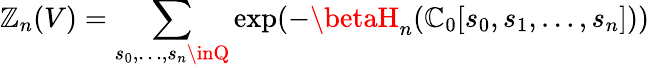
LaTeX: \mathbb{Z}_{n}(V)=\sum_{s_{0},\ldots,s_{n}\inQ}\exp(-\betaH_{n}(\mathbb{C}_{0}[s_{0},s_{1},\ldots,s_{n}]))